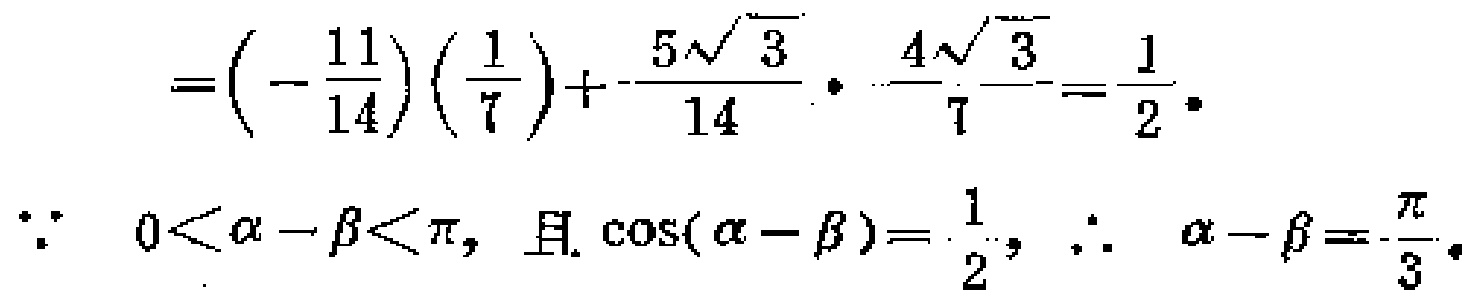
\[
=\left(-\frac{11}{14}\right)\left(\frac{1}{7}\right)+\frac{5\sqrt{3}}{14}\cdot\frac{4\sqrt{3}}{7}=\frac{1}{2}.
\]
\[
\because 0<\alpha - \beta<\pi,\text{ 且 }\cos(\alpha - \beta)=\frac{1}{2},\therefore \alpha - \beta=\frac{\pi}{3}.
\]